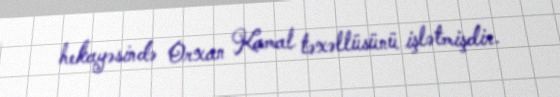
hekayəsində Orxan Kamal təxəllüsünü işlətmişdir.